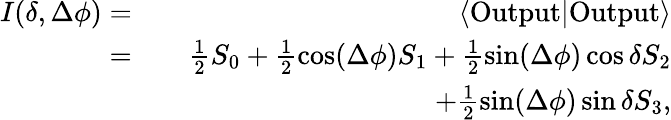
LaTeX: \begin{array}{rlr}{I(\delta,\Delta\phi)=}&{}&{\langle\mathrm{Output}|\mathrm{Output}\rangle}\\ {=}&{}&{\frac{1}{2}S_{0}+\frac{1}{2}\cos(\Delta\phi)S_{1}+\frac{1}{2}\sin(\Delta\phi)\cos\delta S_{2}}\\ &{}&{+\frac{1}{2}\sin(\Delta\phi)\sin\delta S_{3},}\end{array}